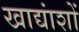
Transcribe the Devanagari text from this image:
खाद्यांशों